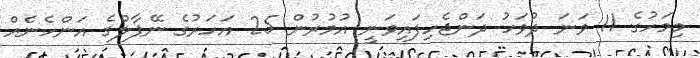
މިމަހުގެ 11 ވަނަ ދުވަހު ދަންޖެހިފައިވަނީ އުމުރުން 25 އަހަރުގެ ނޭޕާލްގެ އަންހެނެއް